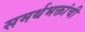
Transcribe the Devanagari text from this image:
समर्थभक्तांची